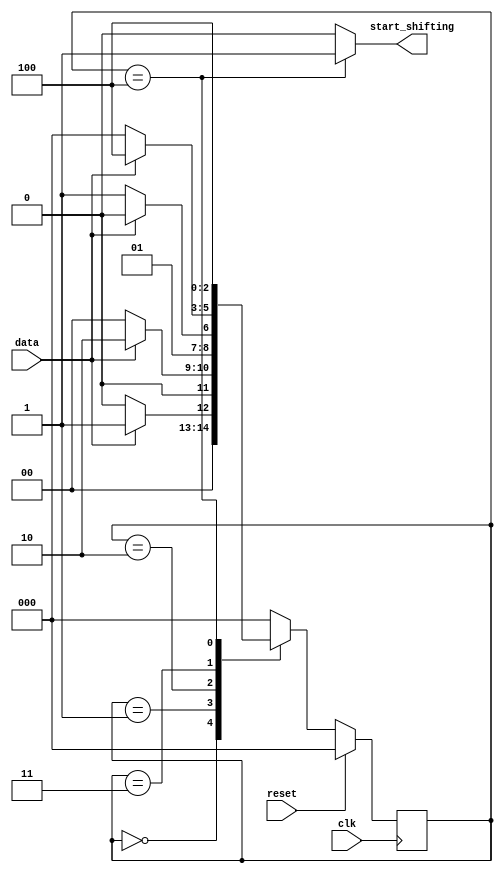
module top_module (
    input clk,
    input reset,      // Synchronous reset
    input data,
    output start_shifting
);
	
    parameter A=3'd0, B=3'd1, C=3'd2, D=3'd3, E=3'd4;
    reg [2:0] state, next_state;
    
    //Synchronous Reset
    always@(posedge clk)
        begin
            if(reset)
                begin
                    state <= A;
                end
            else
                state <= next_state;
        end
    
    //next_state logic
    always@(*)
        begin
            case(state)
                A: next_state = data ? B:A;
                B: next_state = data ? C:A;
                C: next_state = data ? C:D;
                D: next_state = data ? E:A;
                E: next_state = reset ? A:E;
                default: next_state = A;
            endcase
        end
    
    //output logic
    always@(state)
        begin
            case(state)
                A: start_shifting <= 1'b0;
                B: start_shifting <= 1'b0;
                C: start_shifting <= 1'b0;
                D: start_shifting <= 1'b0;
                E: start_shifting <= 1'b1;
                default: start_shifting <= 1'b0;
            endcase
        end
                
endmodule